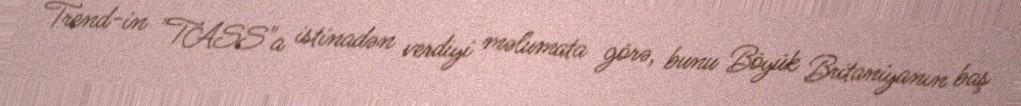
Trend-in "TASS"a istinadən verdiyi məlumata görə, bunu Böyük Britaniyanın baş